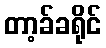
တာ့ခ်ခရိုင်